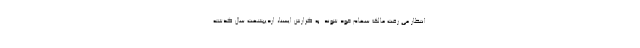
انتظار می رفت مالک سهام خود شوند. به گزارش ایسنا، اردیبشهت سال گذشته